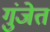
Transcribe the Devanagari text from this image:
गुंजेत